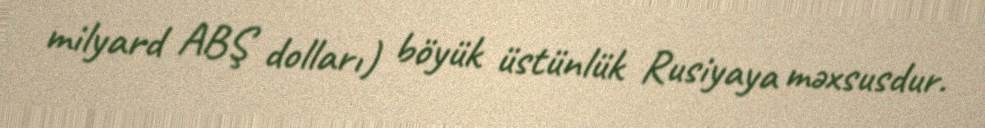
milyard ABŞ dolları) böyük üstünlük Rusiyaya məxsusdur.